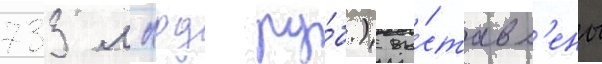
733 млрд ру́б.) вы́ставл'ены